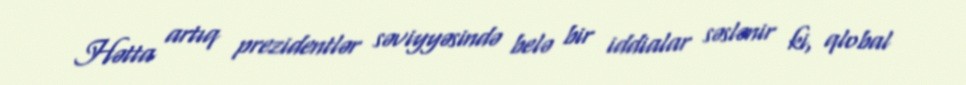
Hətta artıq prezidentlər səviyyəsində belə bir iddialar səslənir ki, qlobal